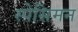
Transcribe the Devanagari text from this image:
स्पेसिमन